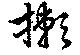
摗